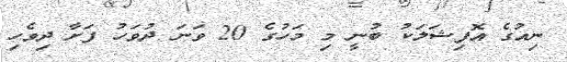
ނިއުގެ އޮފިޝަލަކު ބުނީ މި މަހުގެ 20 ވަނަ ދުވަހު ފަށާ ދިވެހި